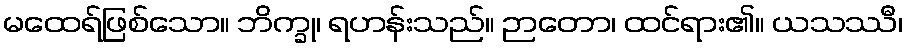
မထေရ်ဖြစ်သော။ ဘိက္ခု၊ ရဟန်းသည်။ ဉာတော၊ ထင်ရား၏။ ယသဿီ၊